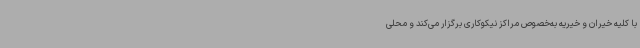
با کلیه خیران و خیریه به‌خصوص مراکز نیکوکاری برگزار می‌کند و محلی